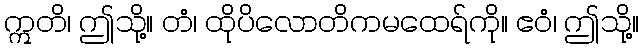
ဣတိ၊ ဤသို့။ တံ၊ ထိုပိလောတိကမထေရ်ကို။ ဧဝံ၊ ဤသို့။